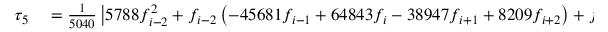
\begin{array} { r l } { \tau _ { 5 } } & { { } = \frac { 1 } { 5 0 4 0 } \left| 5 7 8 8 f _ { i - 2 } ^ { 2 } + f _ { i - 2 } \left( - 4 5 6 8 1 f _ { i - 1 } + 6 4 8 4 3 f _ { i } - 3 8 9 4 7 f _ { i + 1 } + 8 2 0 9 f _ { i + 2 } \right) + f _ { i - 1 } \left( 9 3 4 8 3 f _ { i - 1 } \right. \right. } \end{array}